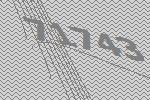
71743